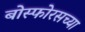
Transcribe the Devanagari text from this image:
बोस्फोरसच्या